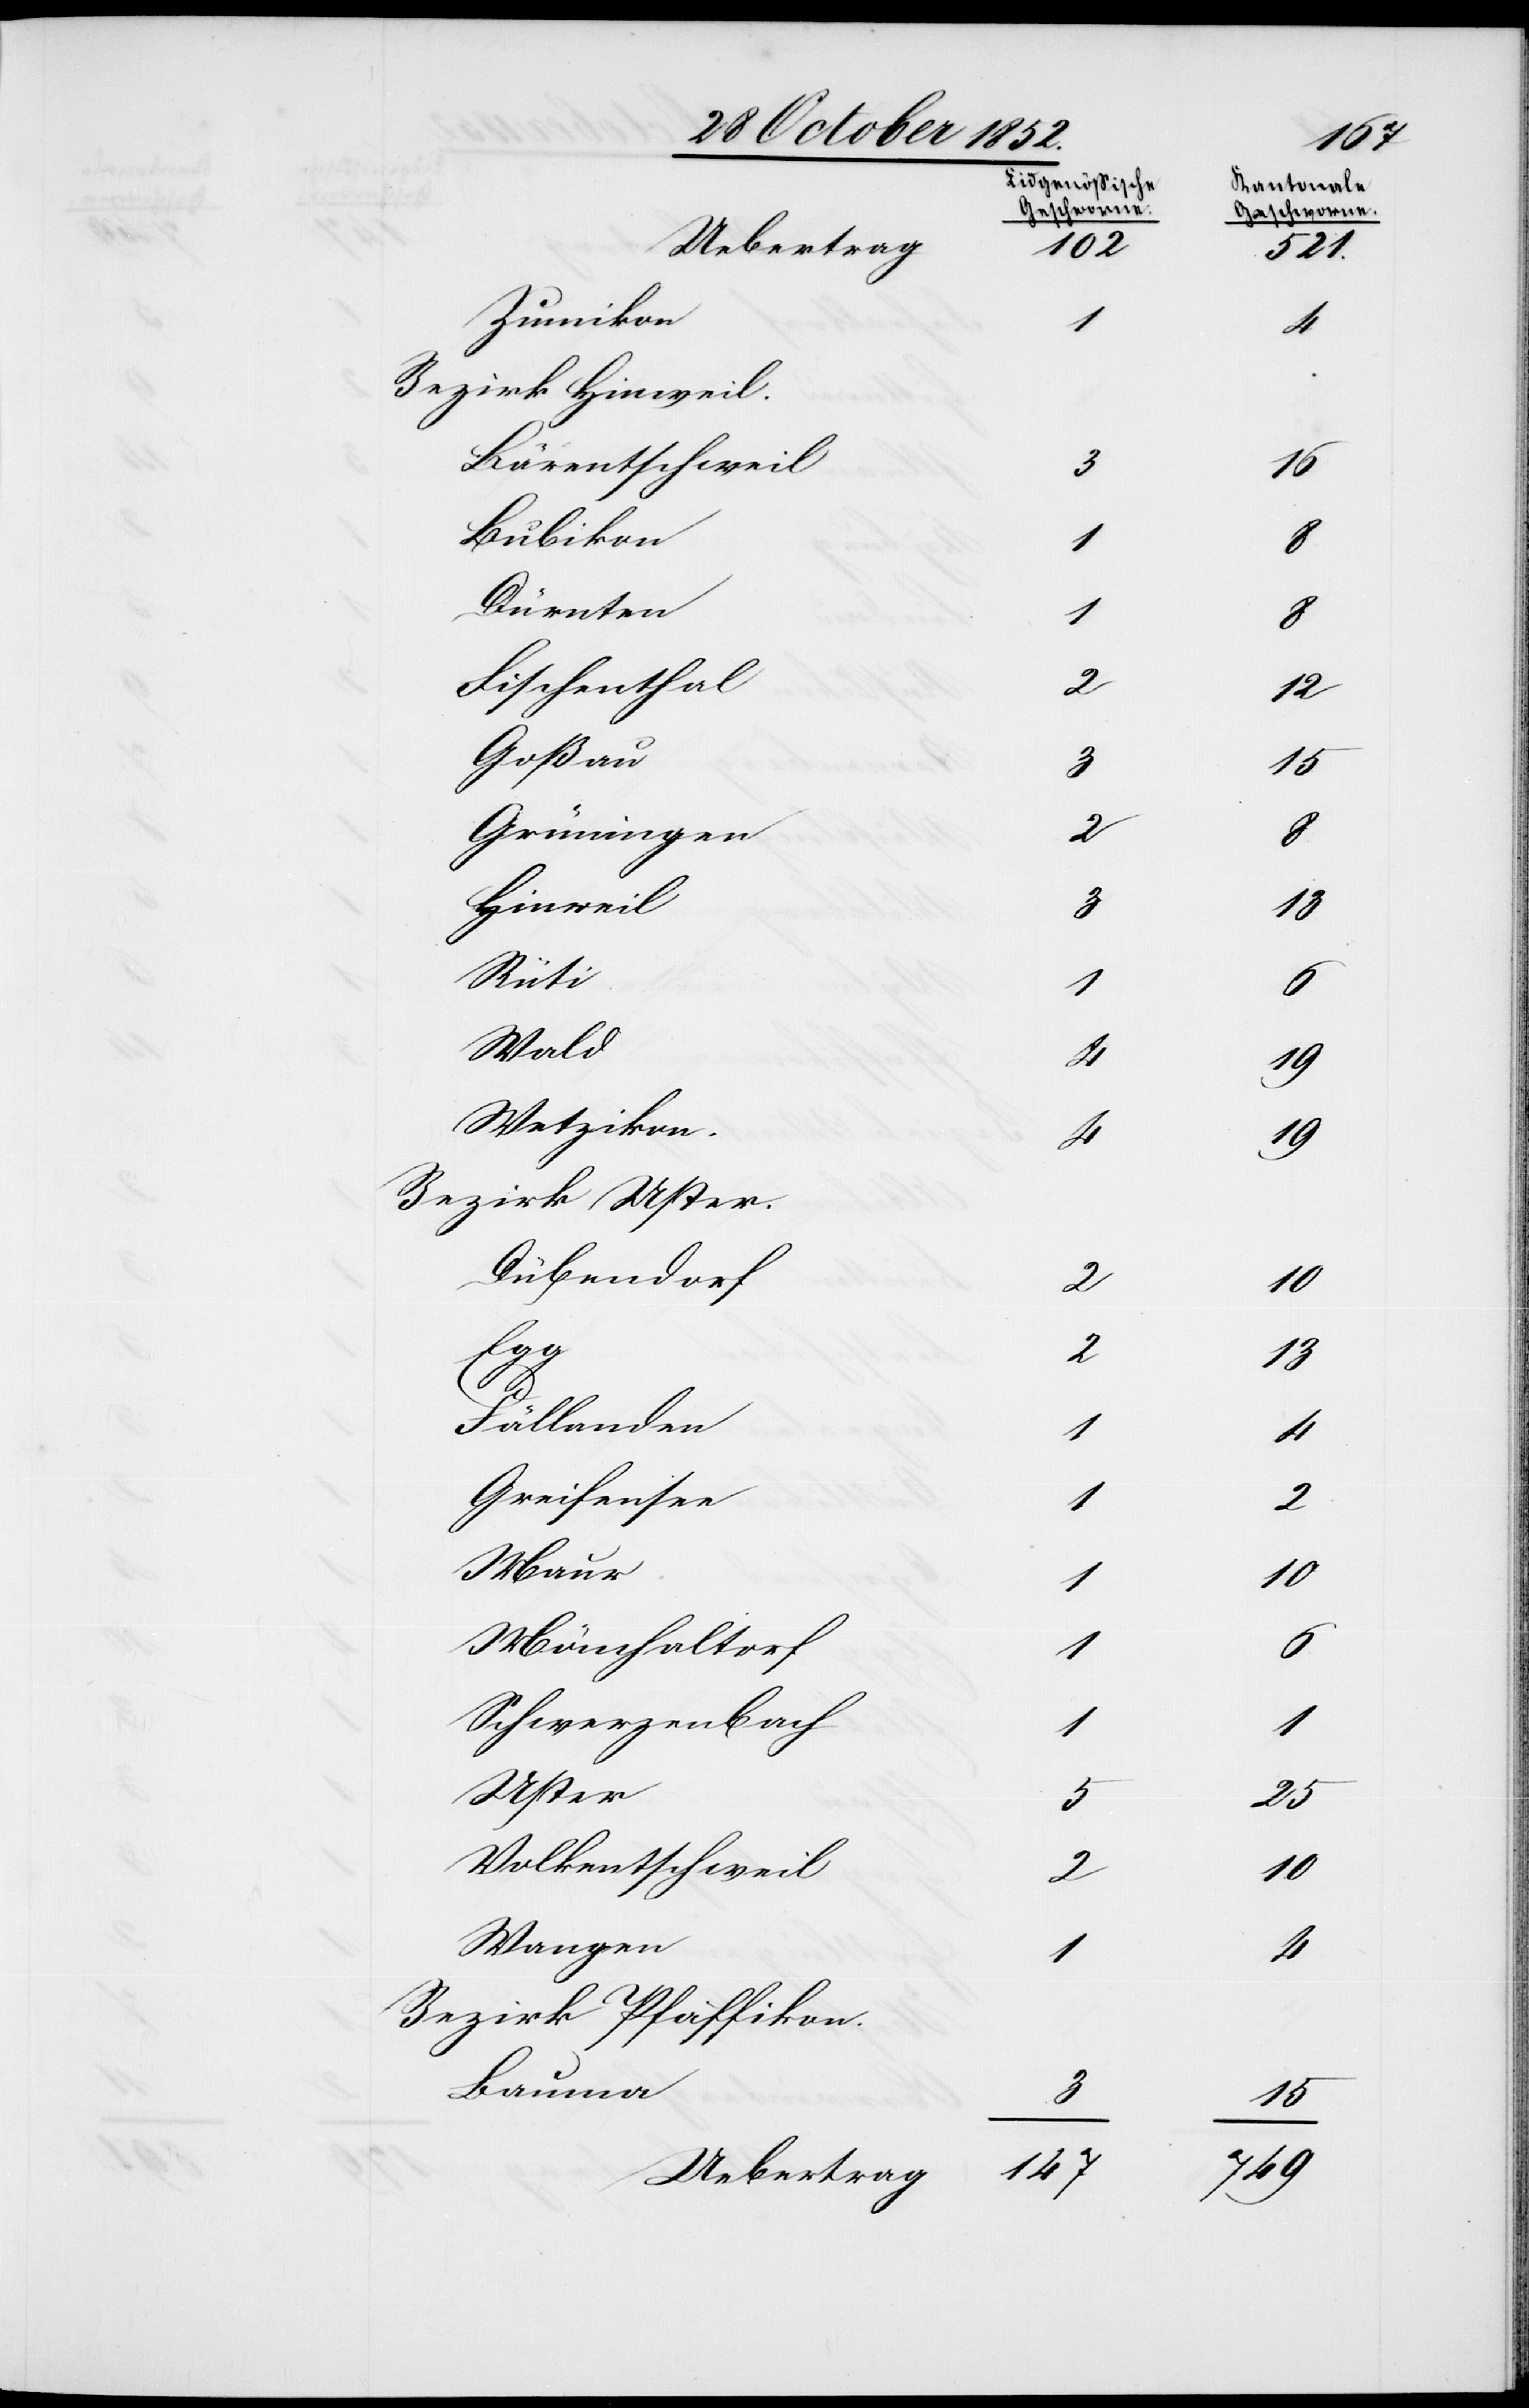
[Eidgenössische
Zumikon
Bezirk Hinweil.
Bärentschweil
Bubikon
Dürnten
Fischenthal
2
Goßau
Grüningen
2
Hinweil
3
Rüti
1
Wald
Wetzikon.
Bezirk Uster.
Dübendorf
Fällanden
Greifensee
Maur
Mönchaltorf
1
Schwerzenbach
Uster
Volkentschweil
Wangen
Bezirk Pfäffikon.
Bauma
3
147
Uebertrag

12
[Kantonale
Geschworne.]
5
1
4
10
2
10
2
10
2
13
749